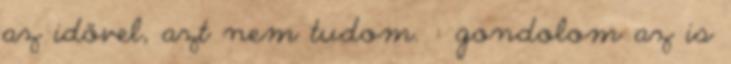
az idővel, azt nem tudom. : gondolom az is